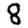
Digit: 8